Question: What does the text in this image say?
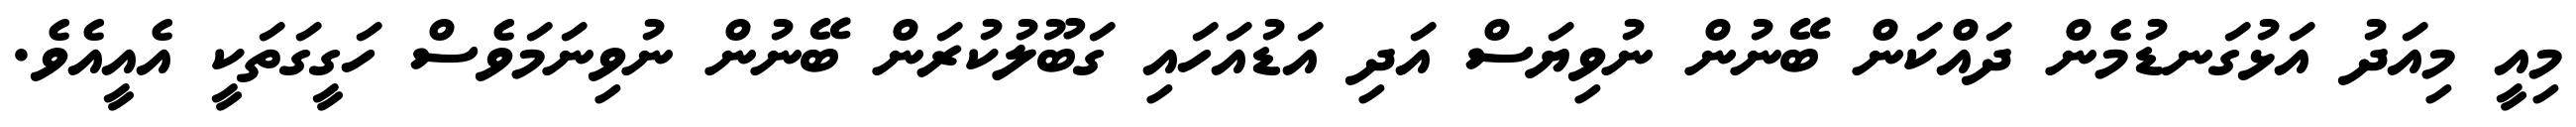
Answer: މިއީ މިއަދު އަޅުގަނޑުމެން ދައްކަން ބޭނުން ނުވިޔަސް އަދި އަޑުއަހައި ގަބޫލުކުރަން ބޭނުން ނުވިނަމަވެސް ހަގީގަތަކީ އެއީއެވެ.